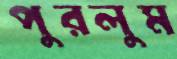
পুরলুম